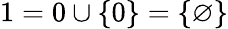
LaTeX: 1=0\cup\{ 0\} =\{ \varnothing\}